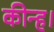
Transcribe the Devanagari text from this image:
कीन्‍ह।